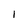
Character: I